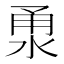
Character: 𣵳